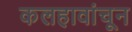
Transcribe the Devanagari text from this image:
कलहावांचून